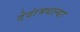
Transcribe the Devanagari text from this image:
देवांमधल्या